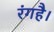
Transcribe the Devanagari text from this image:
रंगहै।